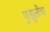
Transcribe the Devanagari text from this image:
फुझुलीचा